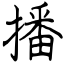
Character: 播